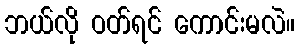
ဘယ်လို ဝတ်ရင် ကောင်းမလဲ။